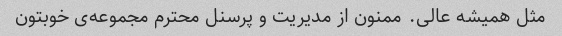
مثل همیشه عالی. ممنون از مدیریت و پرسنل محترم مجموعه‌ی خوبتون